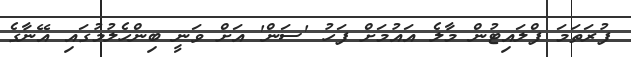
ފުރަތަމަ ފްލައިޓުން މާލެ އައުމަށް ފަހު 'ސަން' އަށް ވަނީ ބިންހެލުމުގައި އޭނާގެ